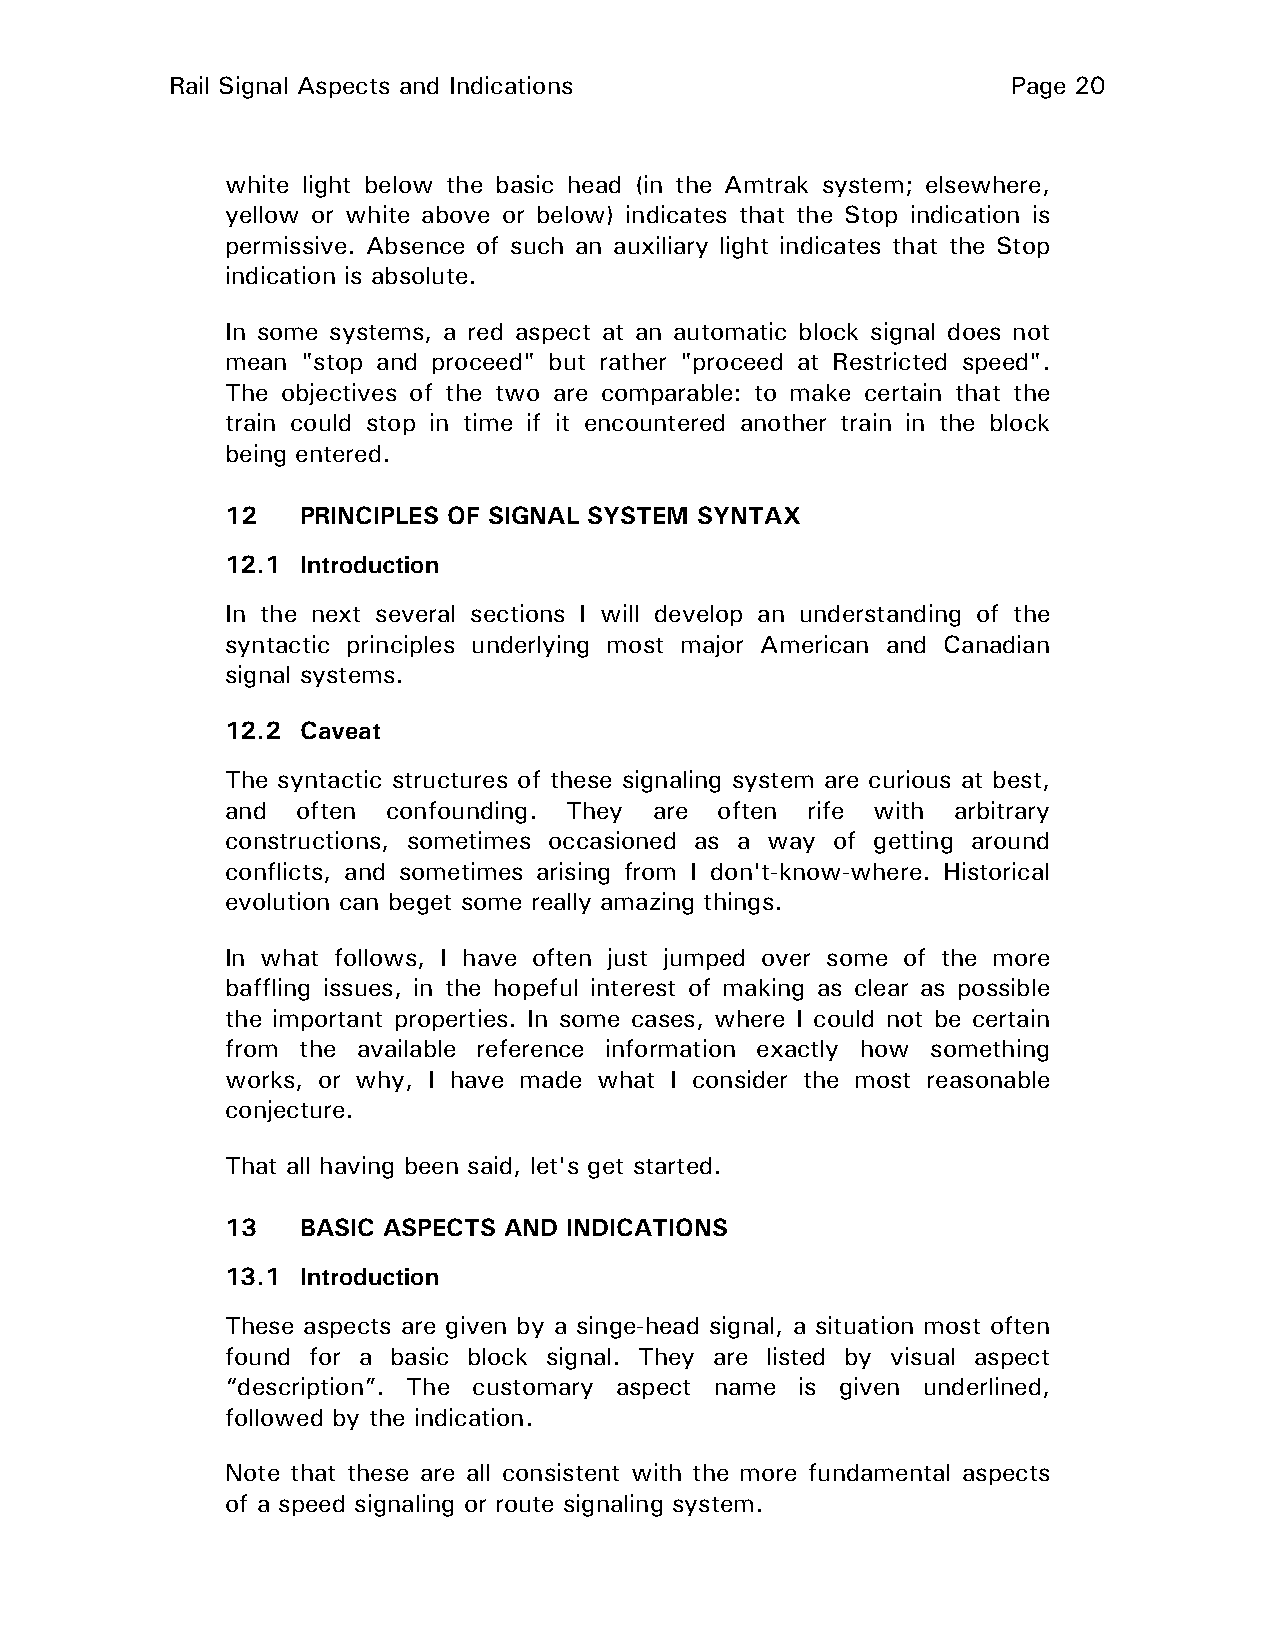
Rail Signal Aspects and Indications                     Page 20
 white light below the basic head (in the Amtrak system; elsewhere,
 yellow or white above or below) indicates that the Stop indication is
 permissive. Absence of such an auxiliary light indicates that the Stop
 indication is absolute.
 In some systems, a red aspect at an automatic block signal does not
 mean "stop and proceed" but rather "proceed at Restricted speed".
 The objectives of the two are comparable: to make certain that the
 train could stop in time if it encountered another train in the block
 being entered.
 12   PRINCIPLES OF SIGNAL SYSTEM SYNTAX
 12.1 Introduction
 In the next several sections I will develop an understanding of the
 syntactic principles underlying most major American and Canadian
 signal systems.
 12.2 Caveat
 The syntactic structures of these signaling system are curious at best,
 and  often confounding. They are often rife with arbitrary
 constructions, sometimes occasioned as a way of getting around
 conflicts, and sometimes arising from I don't-know-where. Historical
 evolution can beget some really amazing things.
 In what follows, I have often just jumped over some of the more
 baffling issues, in the hopeful interest of making as clear as possible
 the important properties. In some cases, where I could not be certain
 from the available reference information exactly how something
 works, or why, I have made what I consider the most reasonable
 conjecture.
 That all having been said, let's get started.
 13   BASIC ASPECTS AND INDICATIONS
 13.1 Introduction
 These aspects are given by a singe-head signal, a situation most often
 found for a basic block signal. They are listed by visual aspect
 “description”. The customary aspect name is given underlined,
 followed by the indication.
 Note that these are all consistent with the more fundamental aspects
 of a speed signaling or route signaling system.